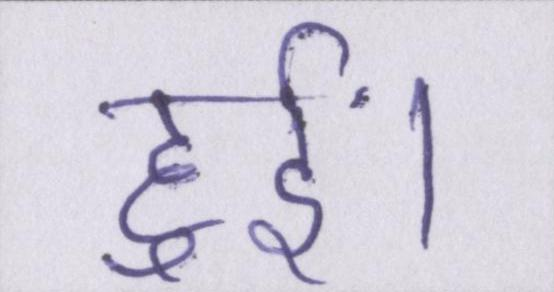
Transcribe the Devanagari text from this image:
हुईं।